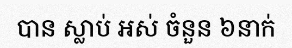
បាន ស្លាប់ អស់ ចំនួន ៦នាក់